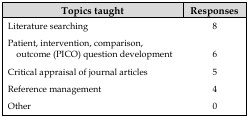
<table><thead><tr><td><b>Topics taught</b></td><td><b>Responses</b></td></tr></thead><tbody><tr><td>Literature searching</td><td>8</td></tr><tr><td>Patient, intervention, comparison, outcome (PICO) question development</td><td>6</td></tr><tr><td>Critical appraisal of journal articles</td><td>5</td></tr><tr><td>Reference management</td><td>4</td></tr><tr><td>Other</td><td>0</td></tr></tbody></table>